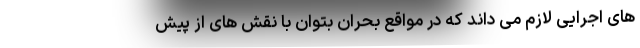
های اجرایی لازم می داند که در مواقع بحران بتوان با نقش های از پیش